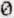
0